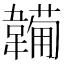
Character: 𩏕